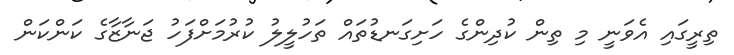
ތިރީގައި އެވަނީ މި ތިން ކުދިންގެ ހަށިގަނޑުތައް ތަހުލީލު ކުރުމަށްފަހު ޖަނާޒާގެ ކަންކަން